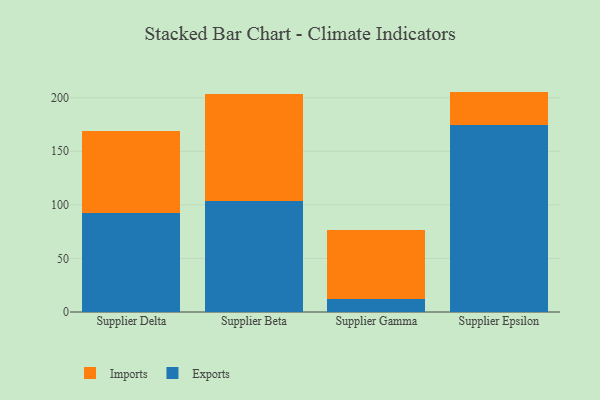
{"axis": {"x": "Supplier", "y": "Customer Acquisition Cost (USD)"}, "legend": ["Exports", "Imports"], "data": [{"x": "Supplier Delta", "y": 92.2, "type": "Exports"}, {"x": "Supplier Delta", "y": 76.9, "type": "Imports"}, {"x": "Supplier Beta", "y": 103.4, "type": "Exports"}, {"x": "Supplier Beta", "y": 99.6, "type": "Imports"}, {"x": "Supplier Gamma", "y": 12.1, "type": "Exports"}, {"x": "Supplier Gamma", "y": 64.2, "type": "Imports"}, {"x": "Supplier Epsilon", "y": 174.3, "type": "Exports"}, {"x": "Supplier Epsilon", "y": 31.4, "type": "Imports"}]}